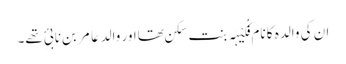
ان کی والدہ کا نام فُکَیْہَہ بنت سکن تھااور والد عَامِر بن نَابِیِٔ تھے۔